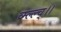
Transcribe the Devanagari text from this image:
व्म्ल्ल्च्।।